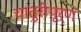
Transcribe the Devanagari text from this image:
चातुरीपूर्ण